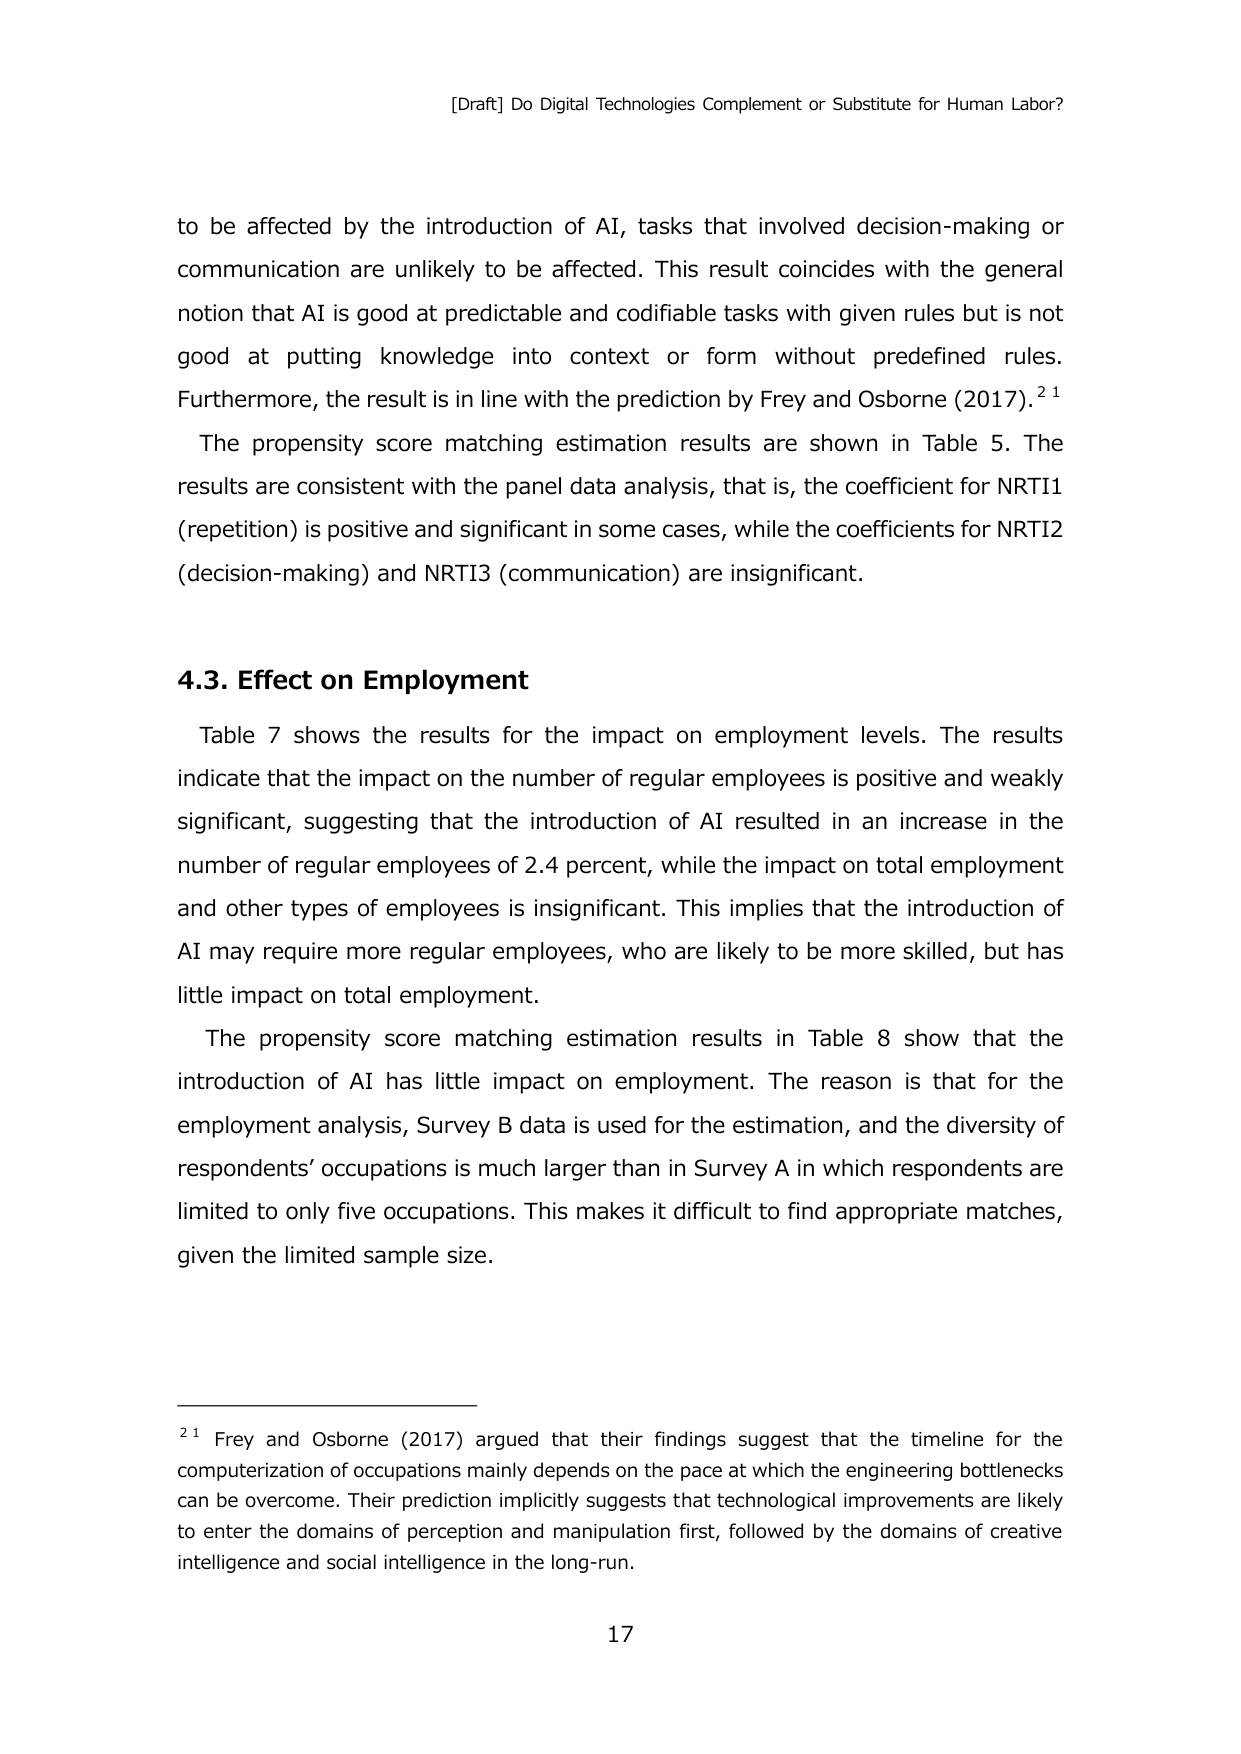
[Draft] Do Digital Technologies Complement or Substitute for Human Labor?

to be affected by the introduction of AI, tasks that involved decision-making or communication are unlikely to be affected. This result coincides with the general notion that AI is good at predictable and codifiable tasks with given rules but is not good at putting knowledge into context or form without predefined rules. Furthermore, the result is in line with the prediction by Frey and Osborne (2017).²¹

The propensity score matching estimation results are shown in Table 5. The results are consistent with the panel data analysis, that is, the coefficient for NRTI1 (repetition) is positive and significant in some cases, while the coefficients for NRTI2 (decision-making) and NRTI3 (communication) are insignificant.

4.3. Effect on Employment

Table 7 shows the results for the impact on employment levels. The results indicate that the impact on the number of regular employees is positive and weakly significant, suggesting that the introduction of AI resulted in an increase in the number of regular employees of 2.4 percent, while the impact on total employment and other types of employees is insignificant. This implies that the introduction of AI may require more regular employees, who are likely to be more skilled, but has little impact on total employment.

The propensity score matching estimation results in Table 8 show that the introduction of AI has little impact on employment. The reason is that for the employment analysis, Survey B data is used for the estimation, and the diversity of respondents’ occupations is much larger than in Survey A in which respondents are limited to only five occupations. This makes it difficult to find appropriate matches, given the limited sample size.

²¹ Frey and Osborne (2017) argued that their findings suggest that the timeline for the computerization of occupations mainly depends on the pace at which the engineering bottlenecks can be overcome. Their prediction implicitly suggests that technological improvements are likely to enter the domains of perception and manipulation first, followed by the domains of creative intelligence and social intelligence in the long-run.

17